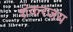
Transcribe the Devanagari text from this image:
शंकरजय